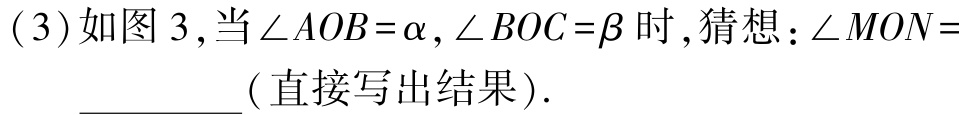
(3)如图 3 ,当\(\angle AOB = \alpha,\angle BOC = \beta\)时,猜想：\(\angle MON =\)__________(直接写出结果).